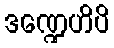
ဒဏ္ဍေဟိပိ